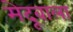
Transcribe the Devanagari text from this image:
मेदूवाला